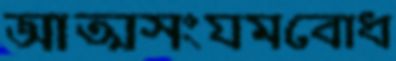
আত্মসংযমবোধ